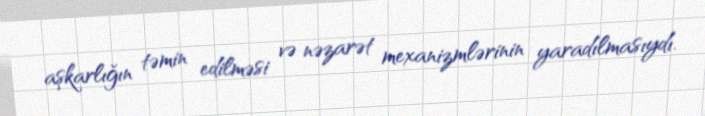
aşkarlığın təmin edilməsi və nəzarət mexanizmlərinin yaradılmasıydı.